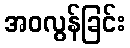
အဝလွန်ခြင်း